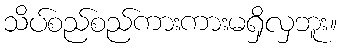
သိပ်စည်စည်ကားကားမရှိလှဘူး။